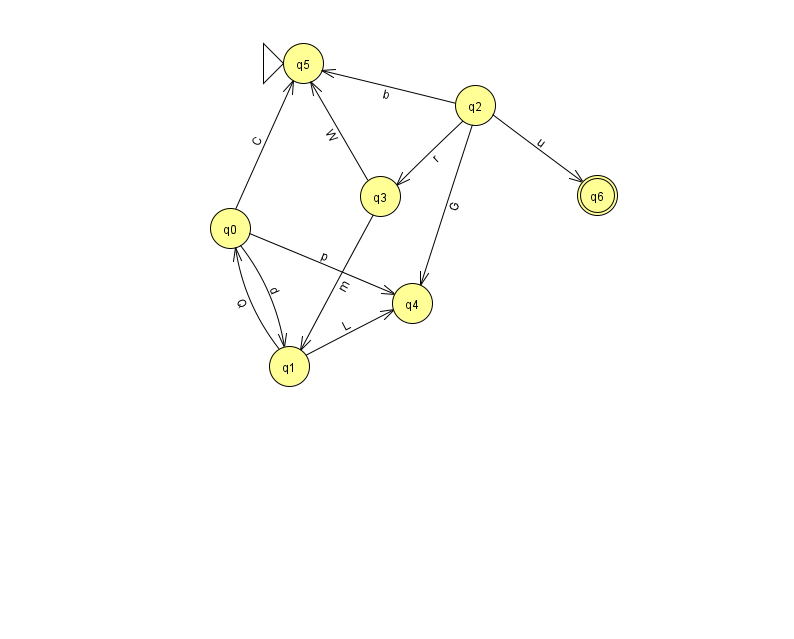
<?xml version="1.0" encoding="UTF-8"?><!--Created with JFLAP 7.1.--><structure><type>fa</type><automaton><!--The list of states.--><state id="0" name="q0"><x>230.0</x><y>215.0</y></state><state id="1" name="q1"><x>289.0</x><y>353.0</y></state><state id="2" name="q2"><x>475.0</x><y>92.0</y></state><state id="3" name="q3"><x>380.0</x><y>183.0</y></state><state id="4" name="q4"><x>412.0</x><y>290.0</y></state><state id="5" name="q5"><x>303.0</x><y>50.0</y><initial/></state><state id="6" name="q6"><x>597.0</x><y>182.0</y><final/></state><!--The list of transitions.--><transition><from>2</from><to>6</to><read>u</read></transition><transition><from>3</from><to>5</to><read>W</read></transition><transition><from>0</from><to>5</to><read>C</read></transition><transition><from>0</from><to>1</to><read>d</read></transition><transition><from>2</from><to>4</to><read>G</read></transition><transition><from>2</from><to>5</to><read>b</read></transition><transition><from>1</from><to>0</to><read>Q</read></transition><transition><from>0</from><to>4</to><read>p</read></transition><transition><from>3</from><to>1</to><read>m</read></transition><transition><from>1</from><to>4</to><read>L</read></transition><transition><from>2</from><to>3</to><read>r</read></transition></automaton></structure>